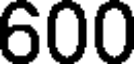
600